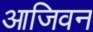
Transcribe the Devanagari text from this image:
आजिवन